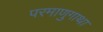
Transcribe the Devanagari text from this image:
परमाणुगाथा